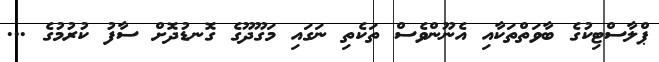
ޕްލާސްޓިކުގެ ބާވަތްތަކާއި އެނޫންވެސް ތަކެތި ނަގައި މަގޫދޫގެ ގޮނޑުދޮށް ސާފު ކުރުމުގެ ...